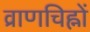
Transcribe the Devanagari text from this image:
व्राणचिह्नों